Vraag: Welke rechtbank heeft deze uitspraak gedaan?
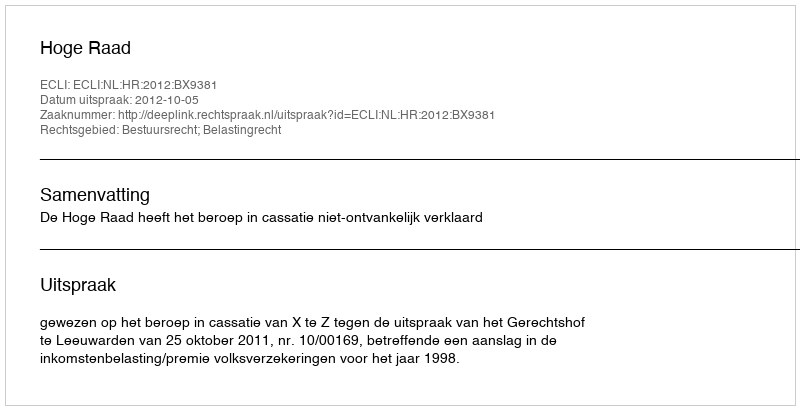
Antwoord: Hoge Raad